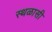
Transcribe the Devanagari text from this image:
स्थळासी